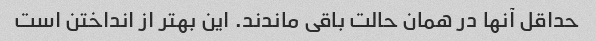
حداقل آنها در همان حالت باقی ماندند. این بهتر از انداختن است